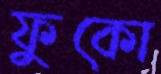
ফুকো